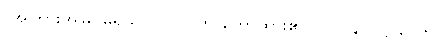
(အကြားအမြင်မရှိသူ) ပုဂ္ဂိုလ်ဟု ဟောထား၏။ ပါ-၁၄၂၊ ဋ္ဌ-၃၀၆။